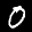
Label: 0